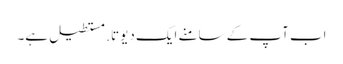
اب آپ کے سامنے ایک دیوتا. مستطیل ہے۔